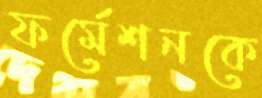
ফর্মেশনকে